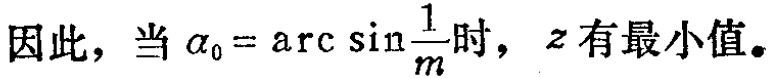
因此，当\(\alpha_{0}=\arcsin\frac{1}{m}\)时，\(z\)有最小值。